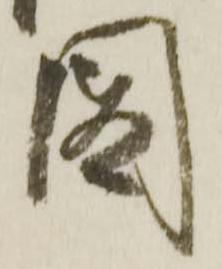
図